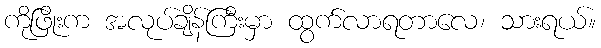
ကိုဖြိုးက အလုပ်ချိန်ကြီးမှာ ထွက်လာရတာလေ၊ သားရယ်။